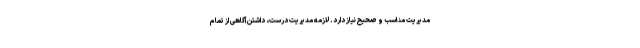
مدیریت مناسب و صحیح نیاز دارد. لازمه مدیریت درست، داشتن آگاهی از تمام